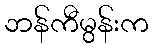
ဘန်ကီမွန်းက